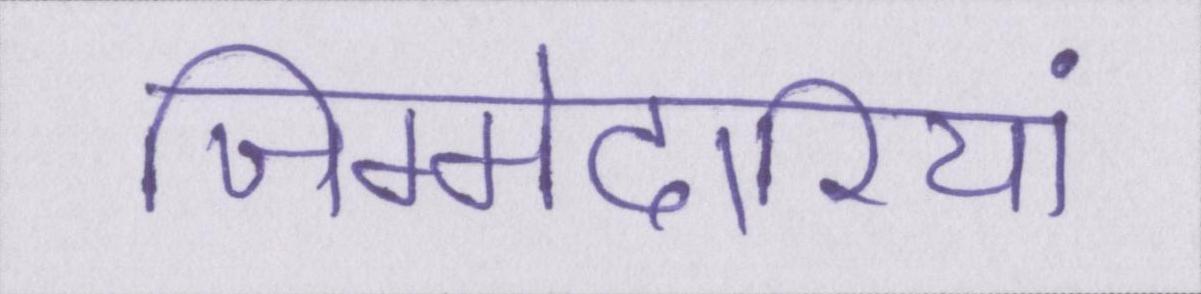
जिम्मेदारियां